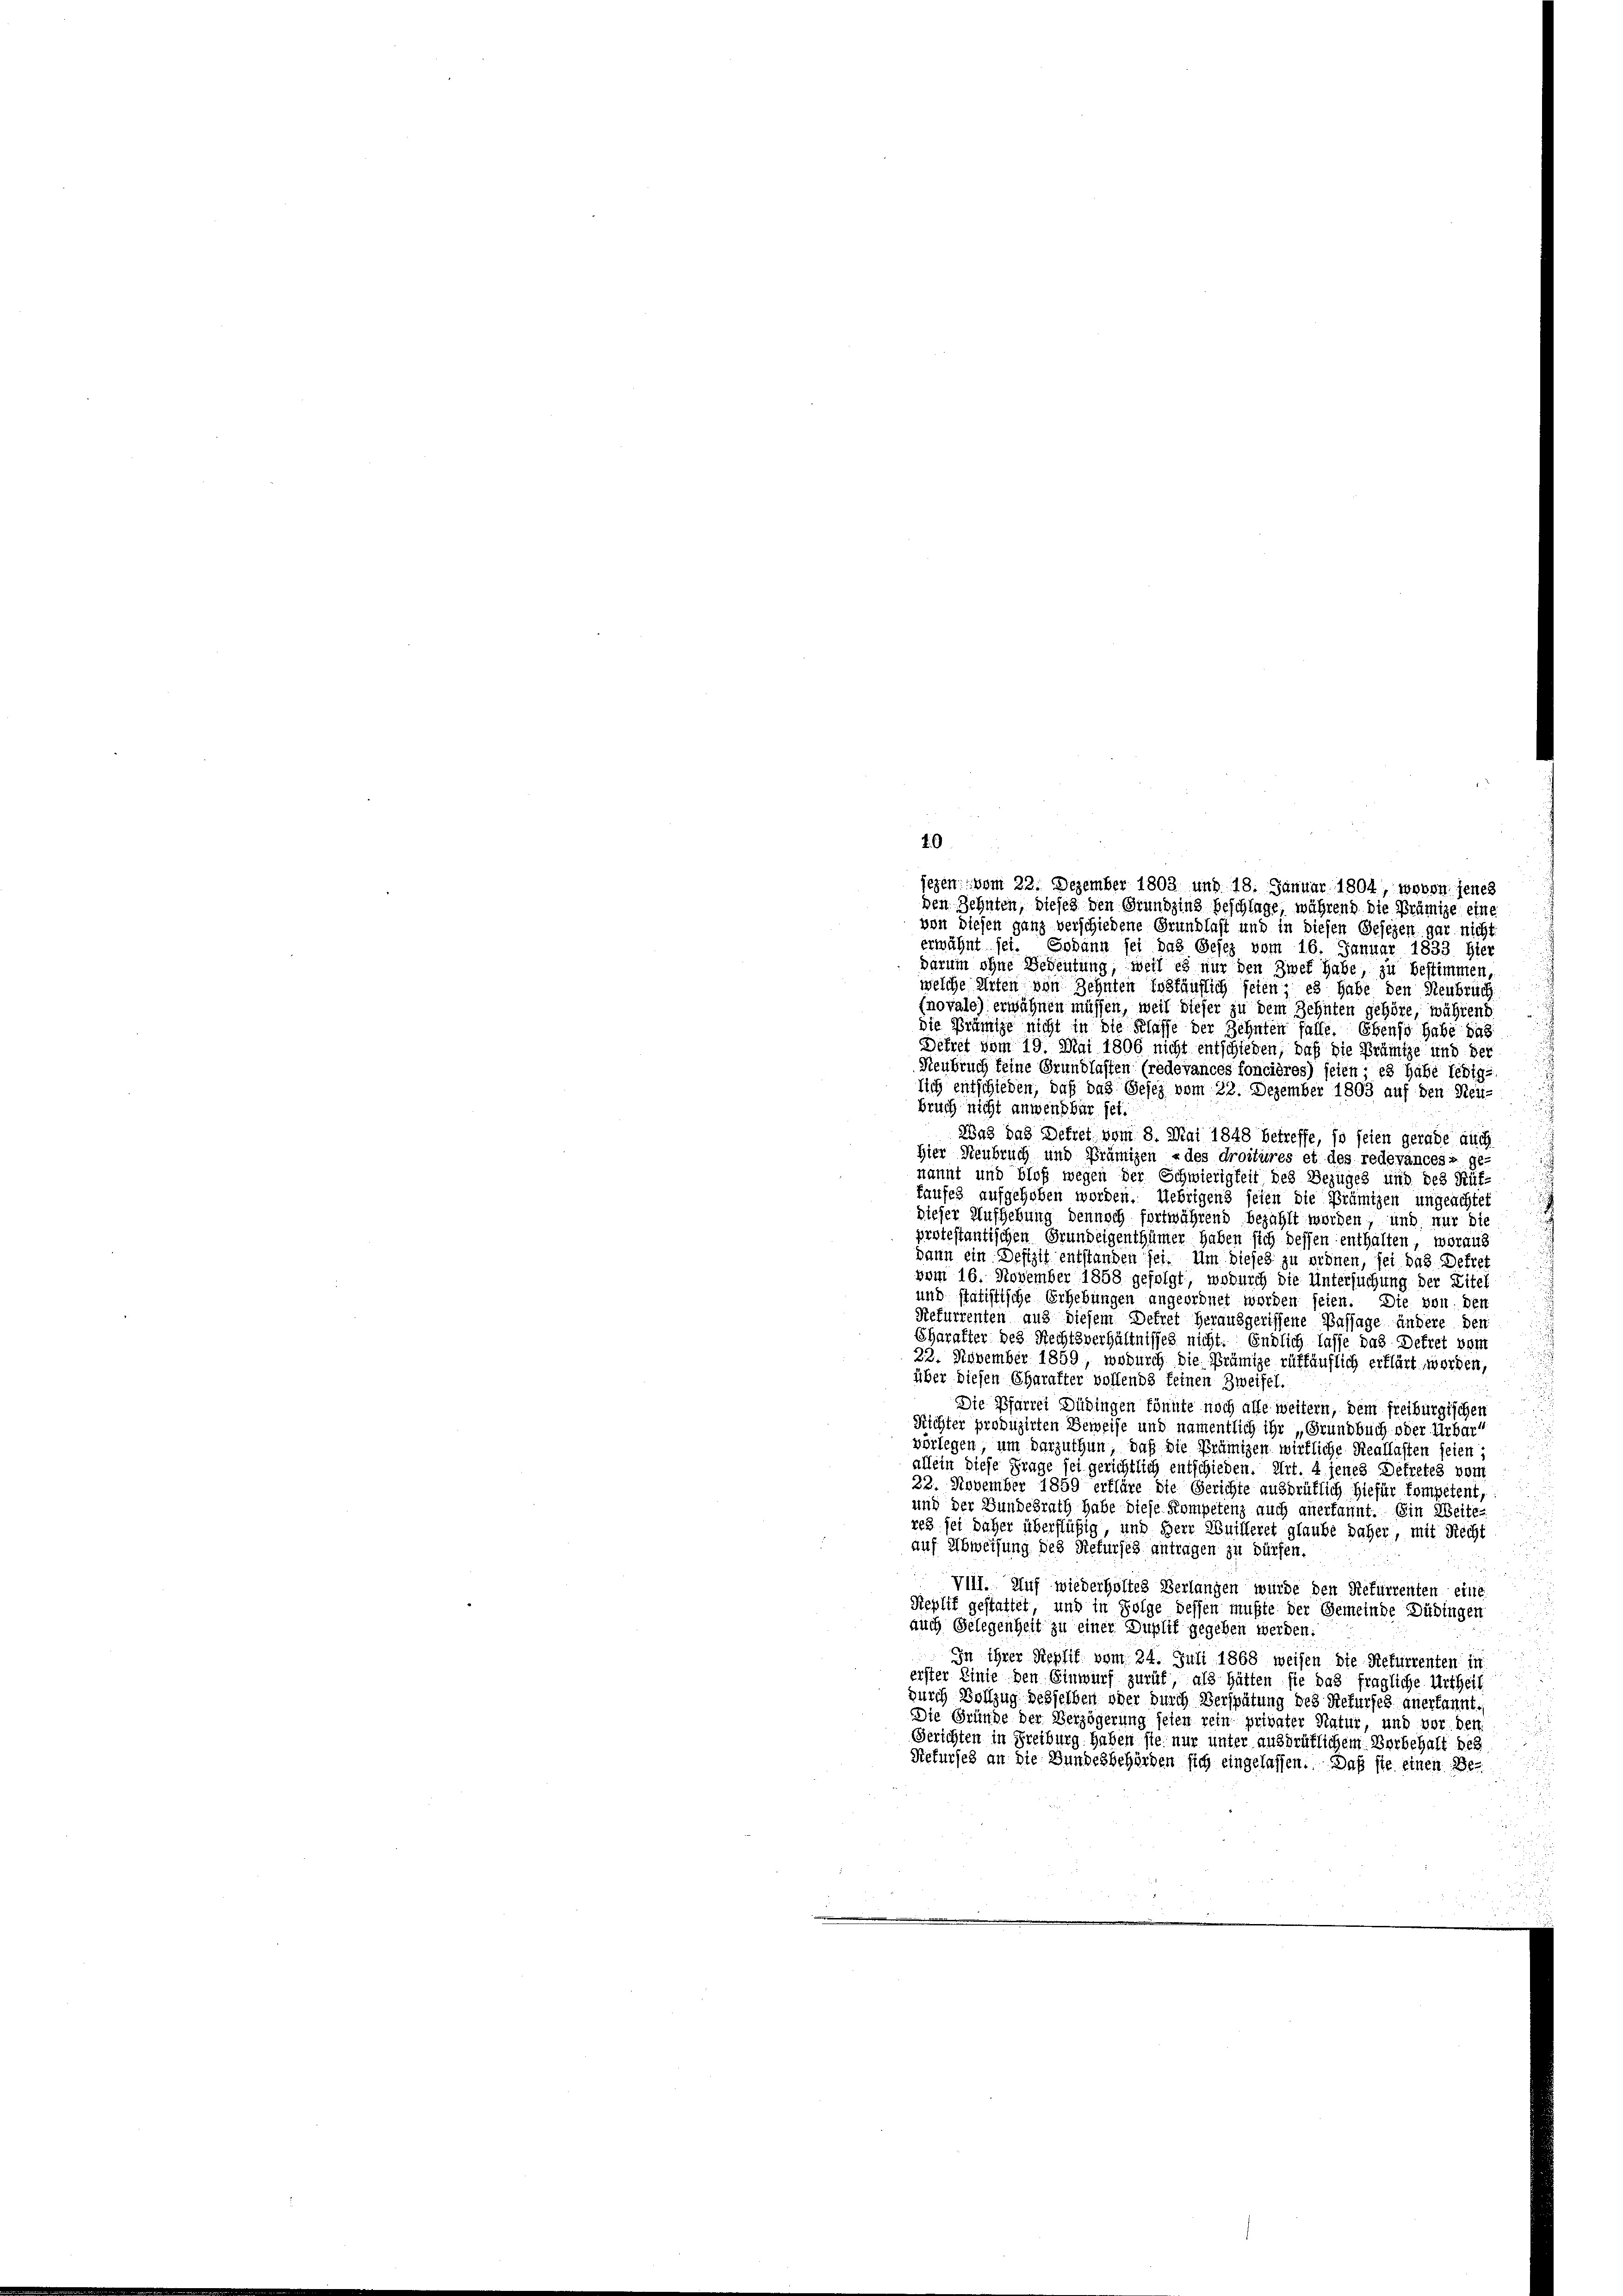
10.
jezen vom 22. Dezember 1803 und 18. Januar 1804, wovon jenes
den Zehnten, dieses den Grundzins beschlage, während die Prämige eine
von diesen ganz verschiedene Grundlast und in diesen Gesezen gar nicht
erwähnt sei. Sodann sei das Gesez vom 16. Januar 1833. Hier
darum ohne Bedeutung, weil es nur den Zwek habe, zu bestimmen,
welche Arten von Zehnten Essfäuflich seien, es habe den Neubruch
(novale) erwähnen müssen, weil dieser zu dem Zehnten gehöre, während
die Prämie nicht in die Klasse der Zehnten falle. Ebenso habe das
Dekret vom 19. Mai 1806 nicht entschieden, daß die Prämige und der
Heubruch feine Grundlasten (redevances foncières) seien; es habe ledig-
lich entschieden, daß das Gesez vom 23. Dezember 1803 auf den Neu-
bruch nicht anwendbar sei.
Und das Befret vom 8. Mai 1848 betreffe, so seien gerade auch
Hier Steubruch und Prämizen »des droitures et des redevancess ge-
nannt und bloß wegen der Schwierigkeit des Bezuges und des Rütfaufes aufgehoben worden. Uebrigens seien die Prämigen ungeachtet
dieser Aufhebung dennoch fortwährend bezahlt worden und, nur die
protestantischen Grundeigenthümer haben sich dessen enthalten, woraus
dann ein Defizit entstanden sei. Um dieses zu ordnen, sei das Defret
vom 16. November 1858 gefolgt, wodurch die Untersuchung der Zitel
und statistische Erhebungen angeordnet worden seien. Die von den
Refurrenten aus diesem Dekret herausgeriffene Passage ändere den
SCharakter des Rechtsverhältnisses nicht. Endlich lasse das Detret vom
22. November 1859, wodurch die Brünige rüffäuflich erklärt worden,
über diesen Charakter vollends feinen Zweifel.
Die Pfarrei Düringen könnte noch alle weitern, dem freiburgischen
Richter produzirten Beweise und namentlich ihr „Grundbuch oder Urbar
vorlegen, um darzuthun, daß die Prämigen wirkliche Reallasten seien
allein diese Frage sei gerichtlich entschieden. Art. 4 jenes Detretes vom
22. November 1859 erkläre die Gerichte ausdrüklich hiefür kompetent
und der Bundesrath habe diese Kompetenz auch anerkannt. Ein Weiterez sei daher überflüßig, und Herr Anilleret glaube daher, mit Recht
auf Abweisung des Refurses antragen zu dürfen.
VIII. Auf wiederholtes Verlangen würde den Refurrenten eine
Replit gestattet, und in Folge dessen mußte der Gemeinde Düdingen
auch Gelegenheit zu einer Duplik gegeben werden.
In ihrer Replif vom 24. Juli 1868 weisen die Refurrenten in
erster Linie den Einwurf zurück, als hätten sie das fragliche Urtheil
durch Vollzug desselben oder durch Verspätung des Rekurses anerkannt.
Die Gründe der Verzögerung seien rein privater Natur, und vor den
Gerichten in Freiburg haben sie nur unter ausdrüklichem Vorbehalt des
Refursch an die Bundesbehörden sich eingelassen. Daß sie einen Be¬